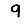
Digit: 9